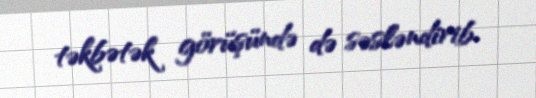
təkbətək görüşündə də səsləndirib.